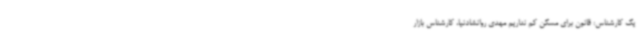
یک کارشناس: قانون برای مسکن کم نداریم مهدی روانشادنیا، کارشناس بازار